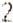
2